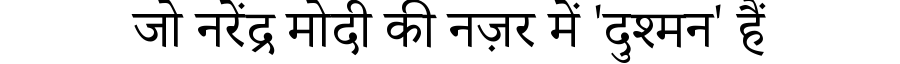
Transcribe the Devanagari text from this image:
जो नरेंद्र मोदी की नज़र में 'दुश्मन' हैं